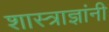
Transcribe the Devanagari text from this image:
शास्त्राज्ञांनी